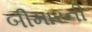
બીમારની